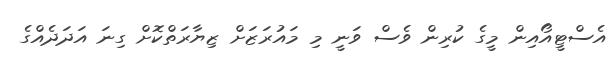
އެސްޓީއޯއިން މީގެ ކުރިން ވެސް ވަނީ މި މައުރަޒަށް ޒިޔާރަތްކޮށް ގިނަ އަދަދެއްގެ